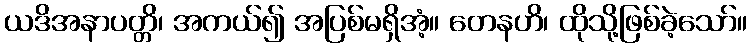
ယဒိအနာပတ္တိ၊ အကယ်၍ အပြစ်မရှိအံ့။ တေနဟိ၊ ထိုသို့ဖြစ်ခဲ့သော်။